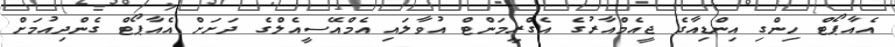
އެއާޕޯޓް ހިންގި އިންޑިއާގެ ޖީއެމްއާރުގެ އެގްރީމަންޓް އުވާލައި އެމްއޭސީއެލްގެ ދަށަށް އެއާޕޯޓް ގެންދިއުމަށް